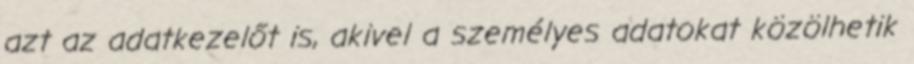
azt az adatkezelőt is, akivel a személyes adatokat közölhetik